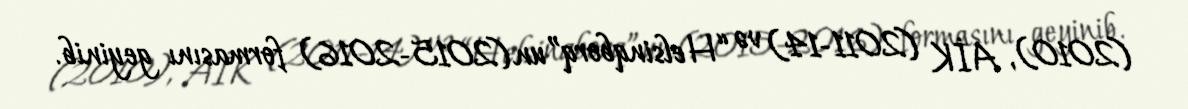
(2010), AİK (2011-14) və “Helsinqborq”un (2015-2016) formasını geyinib.